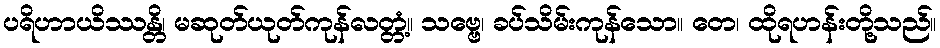
ပရိဟာယိဿန္တိ၊ မဆုတ်ယုတ်ကုန်လတ္တံ့။ သဗ္ဗေ၊ ခပ်သိမ်းကုန်သော။ တေ၊ ထိုရဟန်းတို့သည်။